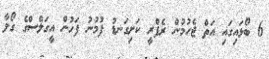
6 ބޯޅައިގައި އަތް ޖެހުމުން ރެފްރީ ކަށިގަނޑު ފުމުނު ފަހުން އީގަލްސްގެ ގޯލާ